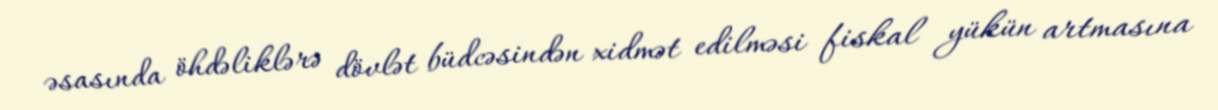
əsasında öhdəliklərə dövlət büdcəsindən xidmət edilməsi fiskal yükün artmasına